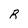
Character: R